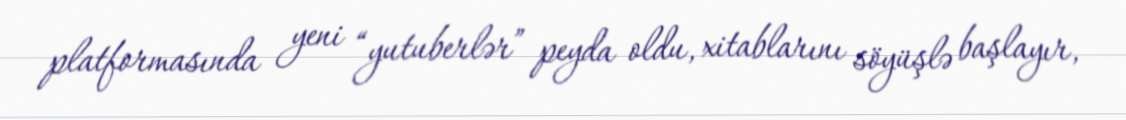
platformasında yeni “yutuberlər” peyda oldu, xitablarını söyüşlə başlayır,